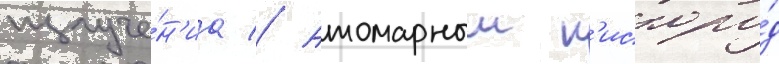
излуче́н'иа // Атомарныи к'ислоро́д